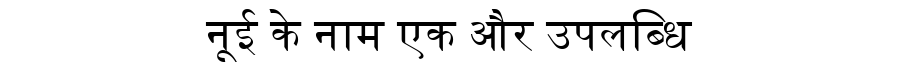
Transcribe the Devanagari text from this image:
नूई के नाम एक और उपलब्धि